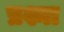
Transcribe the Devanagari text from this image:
प्रश्ना